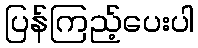
ပြန်ကြည့်ပေးပါ